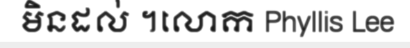
មិនដល់ ។លោក Phyllis Lee